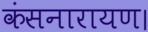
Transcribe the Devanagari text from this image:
कंसनारायण।